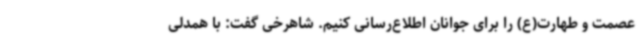
عصمت و طهارت(ع) را برای جوانان اطلاع‌رسانی کنیم. شاهرخی گفت: با همدلی